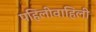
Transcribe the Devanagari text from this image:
पहिलीवाहिली